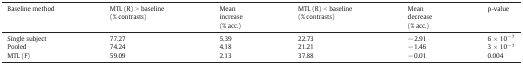
<table><thead><tr><td><b>Baseline method</b></td><td><b>MTL (R) &gt; baseline(% contrasts)</b></td><td><b>Meanincrease(% acc.)</b></td><td><b>MTL (R) &lt; baseline(% contrasts)</b></td><td><b>Meandecrease(% acc.)</b></td><td><b>p-value</b></td></tr></thead><tbody><tr><td>Single subject</td><td>77.27</td><td>5.39</td><td>22.73</td><td>− 2.91</td><td>6 × 10<sup>− 7</sup></td></tr><tr><td>Pooled</td><td>74.24</td><td>4.18</td><td>21.21</td><td>− 1.46</td><td>3 × 10<sup>− 7</sup></td></tr><tr><td>MTL (F)</td><td>59.09</td><td>2.13</td><td>37.88</td><td>− 0.01</td><td>0.004</td></tr></tbody></table>